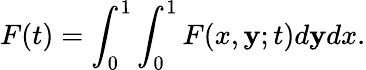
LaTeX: F(t)=\int_{0}^{1}\int_{0}^{1}F(x,\mathbf{y};t)d\mathbf{y}dx.